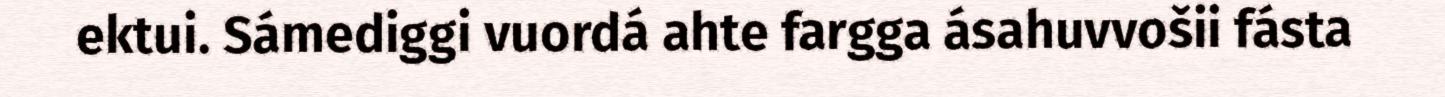
ektui. Sámediggi vuordá ahte fargga ásahuvvošii fásta